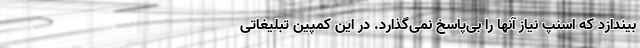
بیندازد که اسنپ نیاز آنها را بی‌پاسخ نمی‌گذارد. در این کمپین تبلیغاتی